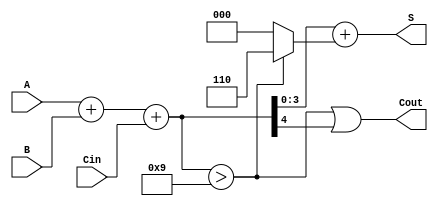
module BCD_Conditional_Adder (
    input  [3:0] A,      // First BCD digit
    input  [3:0] B,      // Second BCD digit
    input        Cin,     // Carry input
    output [3:0] S,      // BCD Sum output
    output       Cout     // Carry output
);

    wire [4:0] sum;      // Intermediate sum (5 bits to accommodate carry)
    wire correction;      // Correction signal

    // Step 1: Perform binary addition
    assign sum = A + B + Cin;

    // Step 2: Determine if correction is needed
    // Correction is needed if the sum exceeds 9 or if there is a carry out
    assign correction = (sum > 5'd9);

    // Step 3: Calculate the final BCD result
    assign S = sum + (correction ? 5'd6 : 5'd0);

    // Step 4: Determine the carry out
    assign Cout = (correction || sum[4]);

endmodule